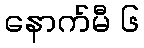
နောက်မီ ၆